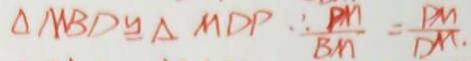
\Delta M B D \cong \Delta M D P \therefore \frac { D M } { B M } = \frac { P M } { D M } .